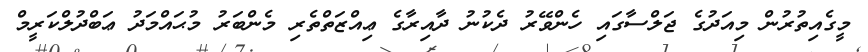
މީގެއިތުރުން މިއަދުގެ ޖަލްސާގައި ހެންވޭރު ދެކުނު ދާއިރާގެ ޢިއްޒަތްތެރި މެންބަރު މުޙައްމަދު ޢަބްދުލްކަރީމް